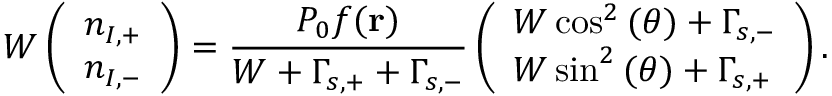
W \left( \begin{array} { l } { n _ { I , + } } \\ { n _ { I , - } } \end{array} \right) = \frac { P _ { 0 } f ( \mathbf { r } ) } { W + \Gamma _ { s , + } + \Gamma _ { s , - } } \left( \begin{array} { l } { W \cos ^ { 2 } { ( \theta ) } + \Gamma _ { s , - } } \\ { W \sin ^ { 2 } { ( \theta ) } + \Gamma _ { s , + } } \end{array} \right) .